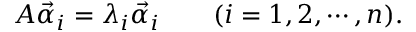
A { \vec { \alpha } } _ { i } = \lambda _ { i } { \vec { \alpha } } _ { i } \qquad ( i = 1 , 2 , \cdots , n ) .